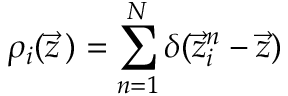
\rho _ { i } ( \vec { z } \, ) = \sum _ { n = 1 } ^ { N } \delta ( \vec { z } _ { i } ^ { n } - \vec { z } )